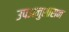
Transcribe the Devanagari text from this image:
उपअनुशासन